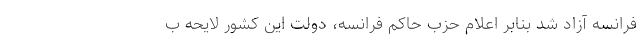
فرانسه آزاد شد بنابر اعلام حزب حاکم فرانسه، دولت این کشور لایحه ب